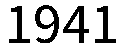
1941